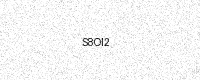
Text: S8OI2